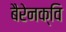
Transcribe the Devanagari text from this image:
बैरेनक्वि